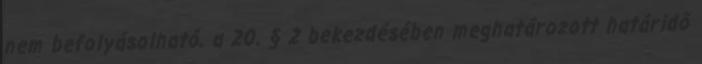
nem befolyásolható, a 20. § 2 bekezdésében meghatározott határidő